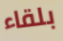
بلقاء